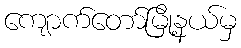
ကျောက်တော်မြို့နယ်မှ